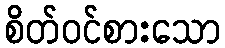
စိတ်ဝင်စားသော